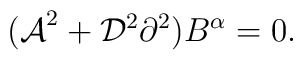
{(\cal A}^2+{\cal D}^2\partial^2)B^\alpha =0.